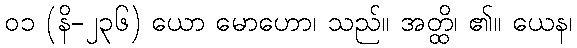
၀၁ (နိ-၂၃၆) ယော မောဟော၊ သည်။ အတ္ထိ၊ ၏။ ယေန၊